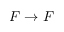
F \rightarrow F